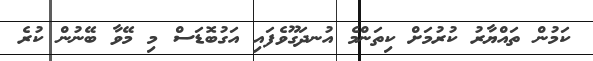
ކަމުން ތައްޔާރު ކުރުމަށް ކިތަންމެ އުނދަގޫވެފައި އަގުބޮޑަސް މި މޭވާ ބޭނުން ކުރެ